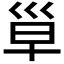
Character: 𰏄